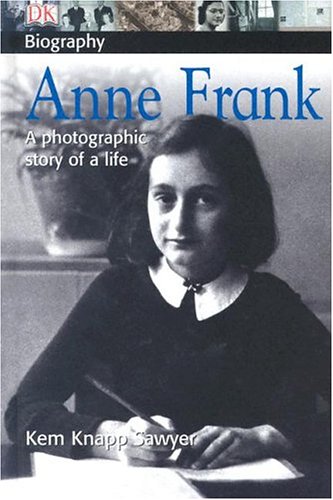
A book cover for Anne Frank (DK Biography); Kem Knapp Sawyer; Children's Books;